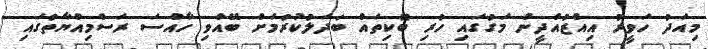
މިއަދު ހަވީރު އިއްޒުއްދީން މަގުގައި ހުރި ބޮކިތައް ބަދަލުކުރުމަށް ބޭއްވި ހާއްސަ ރަސްމިއްޔާތުގައި